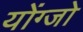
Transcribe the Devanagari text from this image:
योंग्जो